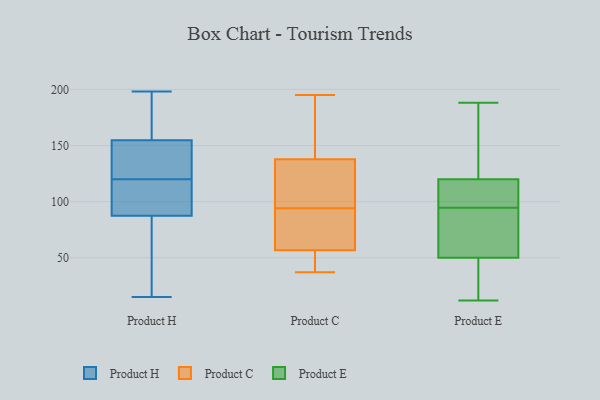
{"axis": {"x": "Budget (USD K)", "y": "Value"}, "legend": ["Product C", "Product E", "Product H"], "data": [{"x": "", "y": 181, "type": "Product H"}, {"x": "", "y": 198, "type": "Product H"}, {"x": "", "y": 28, "type": "Product H"}, {"x": "", "y": 190, "type": "Product H"}, {"x": "", "y": 95, "type": "Product H"}, {"x": "", "y": 122, "type": "Product H"}, {"x": "", "y": 83, "type": "Product H"}, {"x": "", "y": 15, "type": "Product H"}, {"x": "", "y": 160, "type": "Product H"}, {"x": "", "y": 120, "type": "Product H"}, {"x": "", "y": 72, "type": "Product H"}, {"x": "", "y": 85, "type": "Product H"}, {"x": "", "y": 99, "type": "Product H"}, {"x": "", "y": 157, "type": "Product H"}, {"x": "", "y": 108, "type": "Product H"}, {"x": "", "y": 148, "type": "Product H"}, {"x": "", "y": 117, "type": "Product H"}, {"x": "", "y": 122, "type": "Product H"}, {"x": "", "y": 130, "type": "Product H"}, {"x": "", "y": 52, "type": "Product C"}, {"x": "", "y": 62, "type": "Product C"}, {"x": "", "y": 39, "type": "Product C"}, {"x": "", "y": 182, "type": "Product C"}, {"x": "", "y": 158, "type": "Product C"}, {"x": "", "y": 110, "type": "Product C"}, {"x": "", "y": 122, "type": "Product C"}, {"x": "", "y": 73, "type": "Product C"}, {"x": "", "y": 70, "type": "Product C"}, {"x": "", "y": 37, "type": "Product C"}, {"x": "", "y": 55, "type": "Product C"}, {"x": "", "y": 94, "type": "Product C"}, {"x": "", "y": 195, "type": "Product C"}, {"x": "", "y": 116, "type": "Product C"}, {"x": "", "y": 143, "type": "Product C"}, {"x": "", "y": 120, "type": "Product E"}, {"x": "", "y": 117, "type": "Product E"}, {"x": "", "y": 101, "type": "Product E"}, {"x": "", "y": 176, "type": "Product E"}, {"x": "", "y": 188, "type": "Product E"}, {"x": "", "y": 186, "type": "Product E"}, {"x": "", "y": 82, "type": "Product E"}, {"x": "", "y": 92, "type": "Product E"}, {"x": "", "y": 17, "type": "Product E"}, {"x": "", "y": 50, "type": "Product E"}, {"x": "", "y": 118, "type": "Product E"}, {"x": "", "y": 12, "type": "Product E"}, {"x": "", "y": 52, "type": "Product E"}, {"x": "", "y": 26, "type": "Product E"}, {"x": "", "y": 97, "type": "Product E"}, {"x": "", "y": 64, "type": "Product E"}, {"x": "", "y": 26, "type": "Product E"}, {"x": "", "y": 175, "type": "Product E"}]}